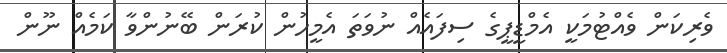
ވެރިކަން ވެއްޓުމަކީ އެމްޑީޕީގެ ސިފައެއް ނުވަތަ އެމީހުން ކުރަން ބޭނުންވާ ކަމެއް ނޫން